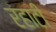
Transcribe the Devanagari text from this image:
रहाटी